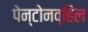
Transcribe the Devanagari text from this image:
पेन्टोनव्हिल